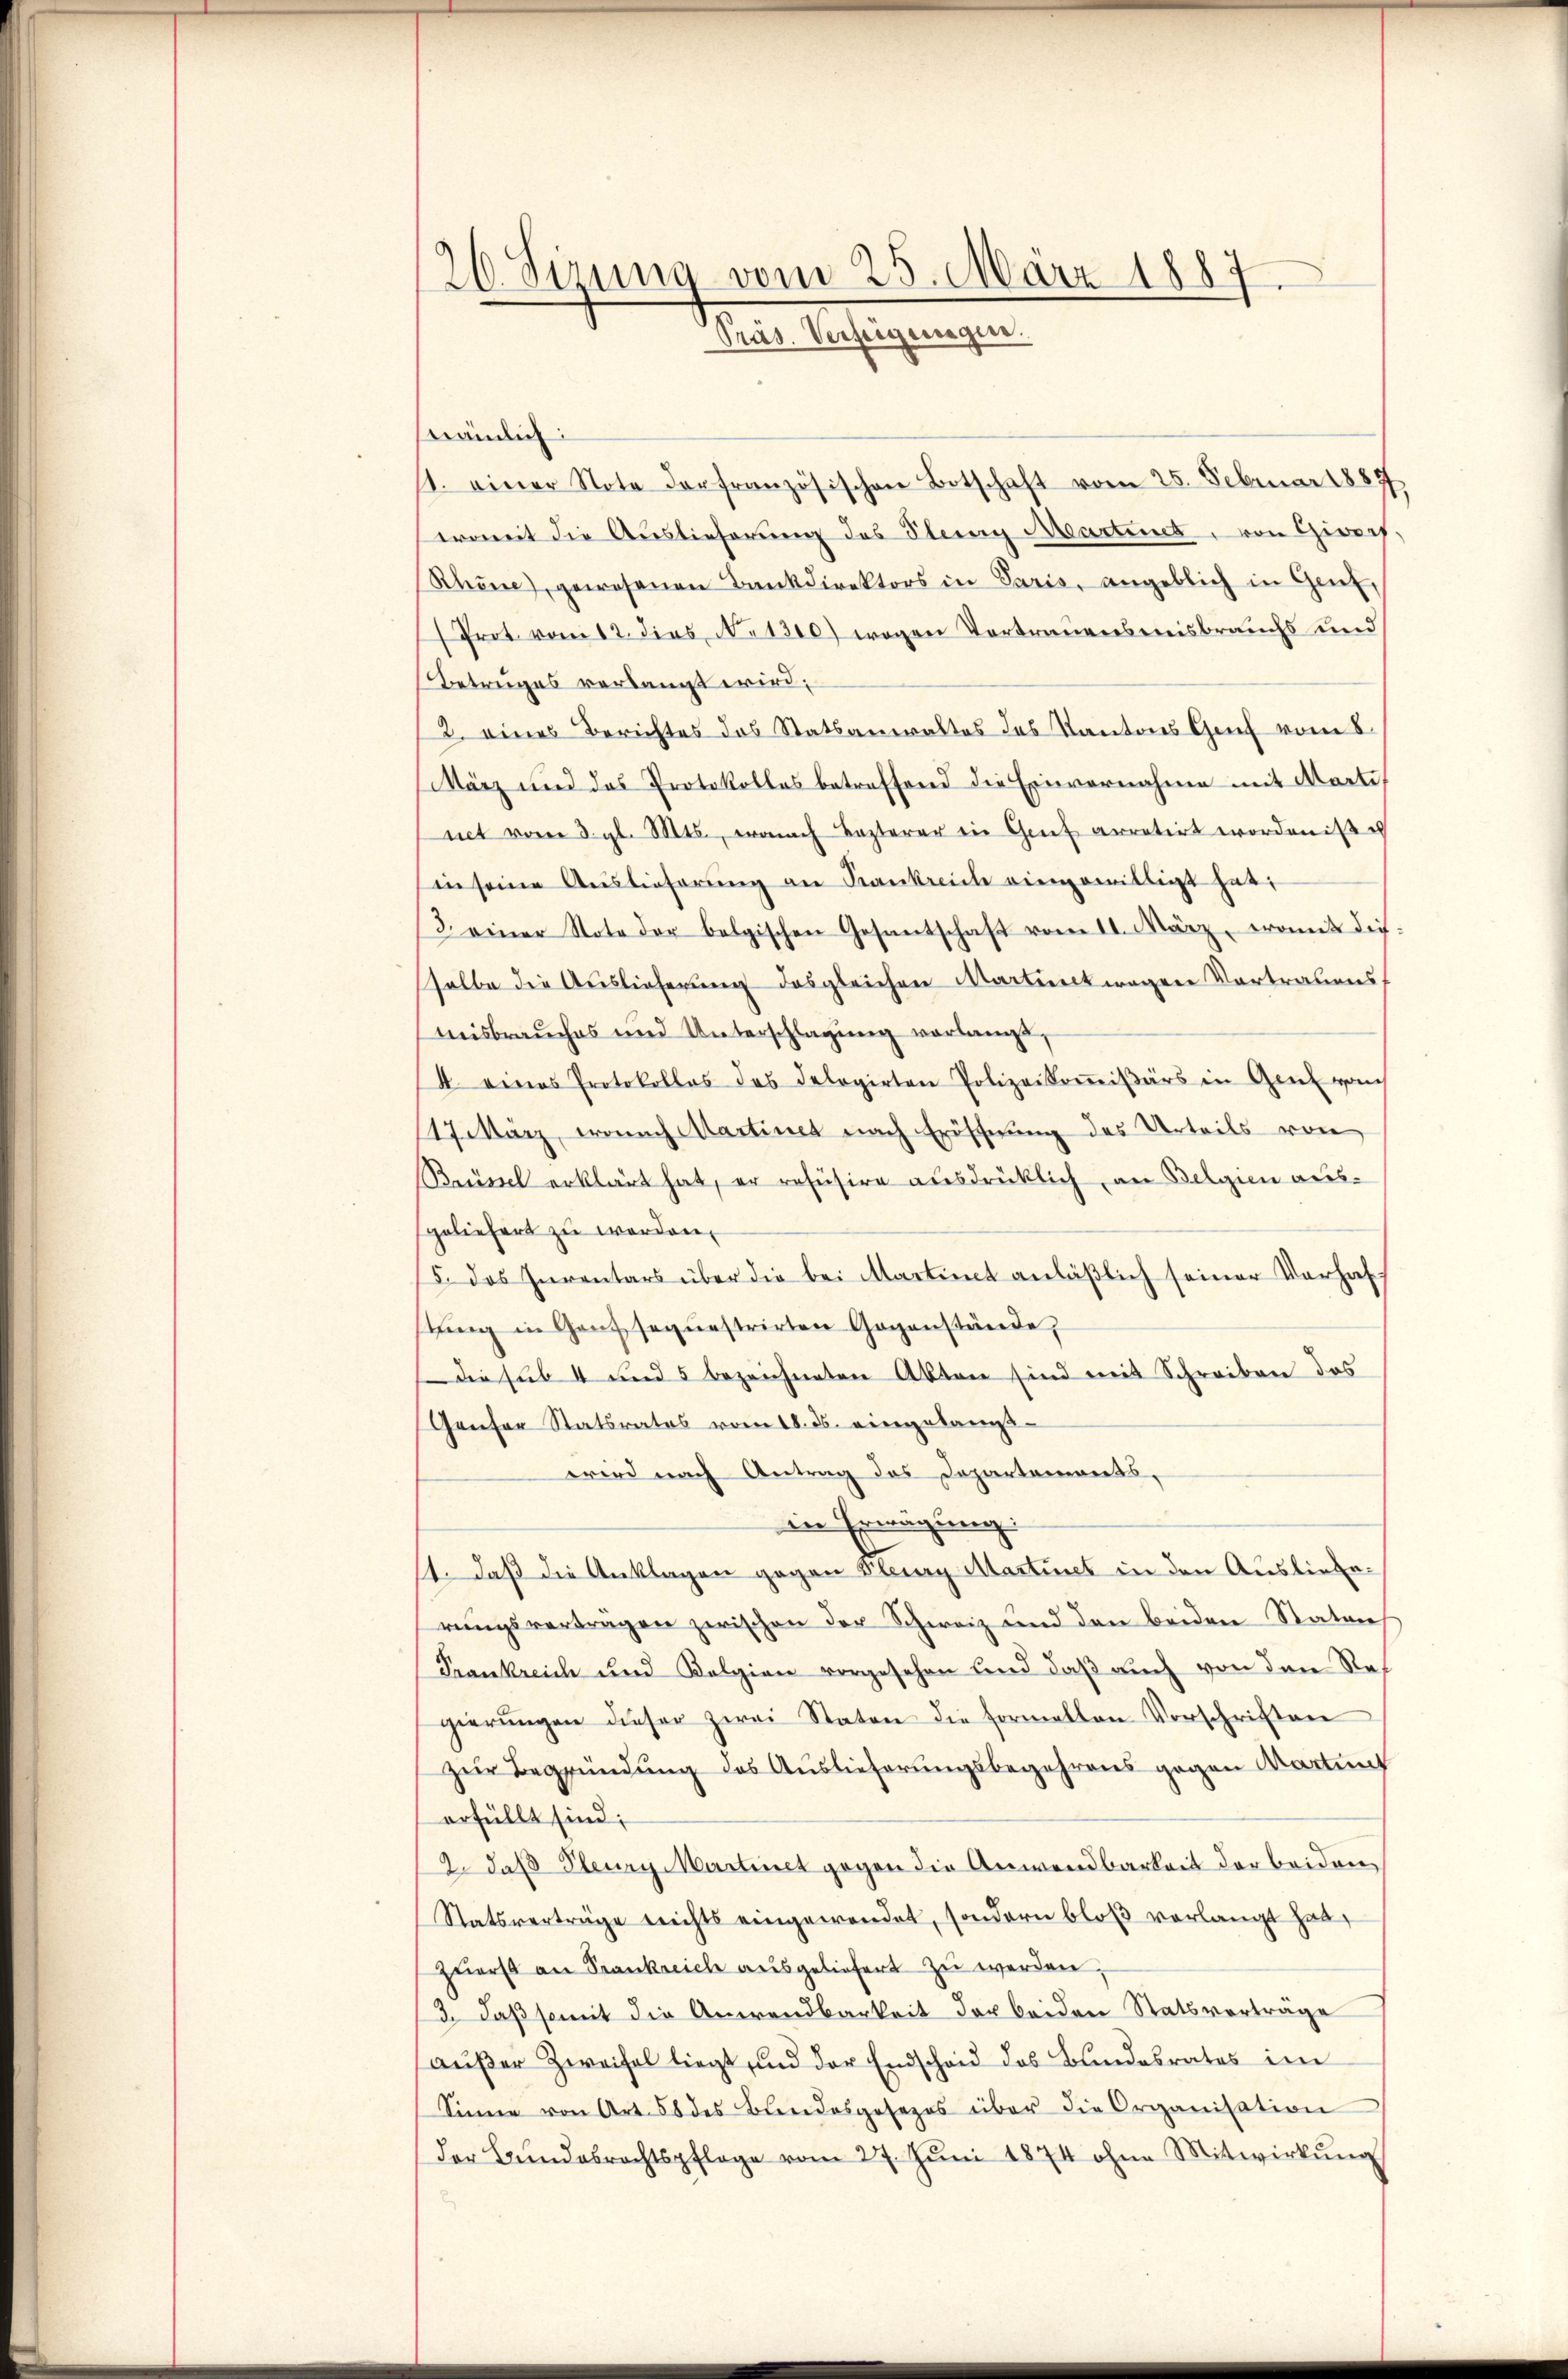
26. Sizung vom 25. März 1887.
Präs. Verfeigungen.

nämlich:
11. einer Note der französischen Botschaft vom 25. Februar 1889
erweit die Auslieferung des Steig Martinet, von Giers,
Rhone), gewesenen Bankdirektors in Paris, angeblich in Genf,
Prot vom 12. dies No 1300) wegen Vortrauensmisbrauchs und
Betruges verlangt wird,
2. eines Berichtes das Statsanwaltes des Kantons Genf vom 8.
März und das Protokolles betreffend die Einvernahme mit Marti
nct vom 3. gl. Mts., wonach Lezterer ein Genf arretirt worden ist es
in seine Auslieferŭng an Krankreich eingewilligt hat:
3. einer Note der belgischen Gesantschaft vom II. März, womit diesalbe die Auslieferung desgleichen Martinetwegen Vortrauens
misbrauches und Unterschlagung verlangt,
4. eines Protokollos des Delegirten Polizeikoṁisärs in Gent vom
117. März, wonach Martinet nach Eröschnung des Urteils von
Brüssel erklärt hat, er refüsire ausdrücklich, an Belgien ausgeliefert zu werden.
5. Das Inventars über die bei Martint anläβlich seiner Verhaf
ling in Gans sequestrirten Gegenstände
die sub 4 und 5 bezeichneten Akten sind mit Schreiben das
Genfer Statsrates vom 18. ds. eingelangwird nach Antrag des Departements.
in Erwägung
11. Daß die Anklagen gegen Stey Martinet in den Auslieferungsverträgen zwischen der Schweiz und den beiden Stator
Prankreich und Kolgien vorgesehen und daß auch von den Ref
gierŭngen dieser zwei Staten die formellen Vorschriften
Zur Begründung des Auslieferungsbegehrens gegen Wartung
erfüllt sind;
2. daß Pleury Martinet gegen die Anwendbarkeit der beiden
Statsverträge nichts eingewendet, sondern bloß verlangt habe
zŭerst an Frankreich aŭsgeliefert zŭ werden;
3. daß somit die Anwendbarkeit der beiden Statsverträge
außer Zweifel liegt und der Endschaid des Bundesrates in
Sinne von Art. 58 des Bundesgesezes über die Organisation
der Bŭndesrechtspflege vom 27. Jŭni 1874 ohne Mitwirkŭng